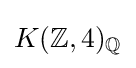
K(\mathbb {Z} ,4)_{\mathbb {Q} }